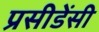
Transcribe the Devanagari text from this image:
प्रसीडेंसी